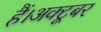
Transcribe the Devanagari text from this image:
हैं।अक्टूबर